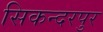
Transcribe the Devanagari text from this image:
सिकन्‍दरपुर